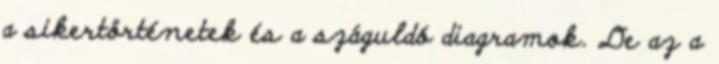
a sikertörténetek és a száguldó diagramok. De az a